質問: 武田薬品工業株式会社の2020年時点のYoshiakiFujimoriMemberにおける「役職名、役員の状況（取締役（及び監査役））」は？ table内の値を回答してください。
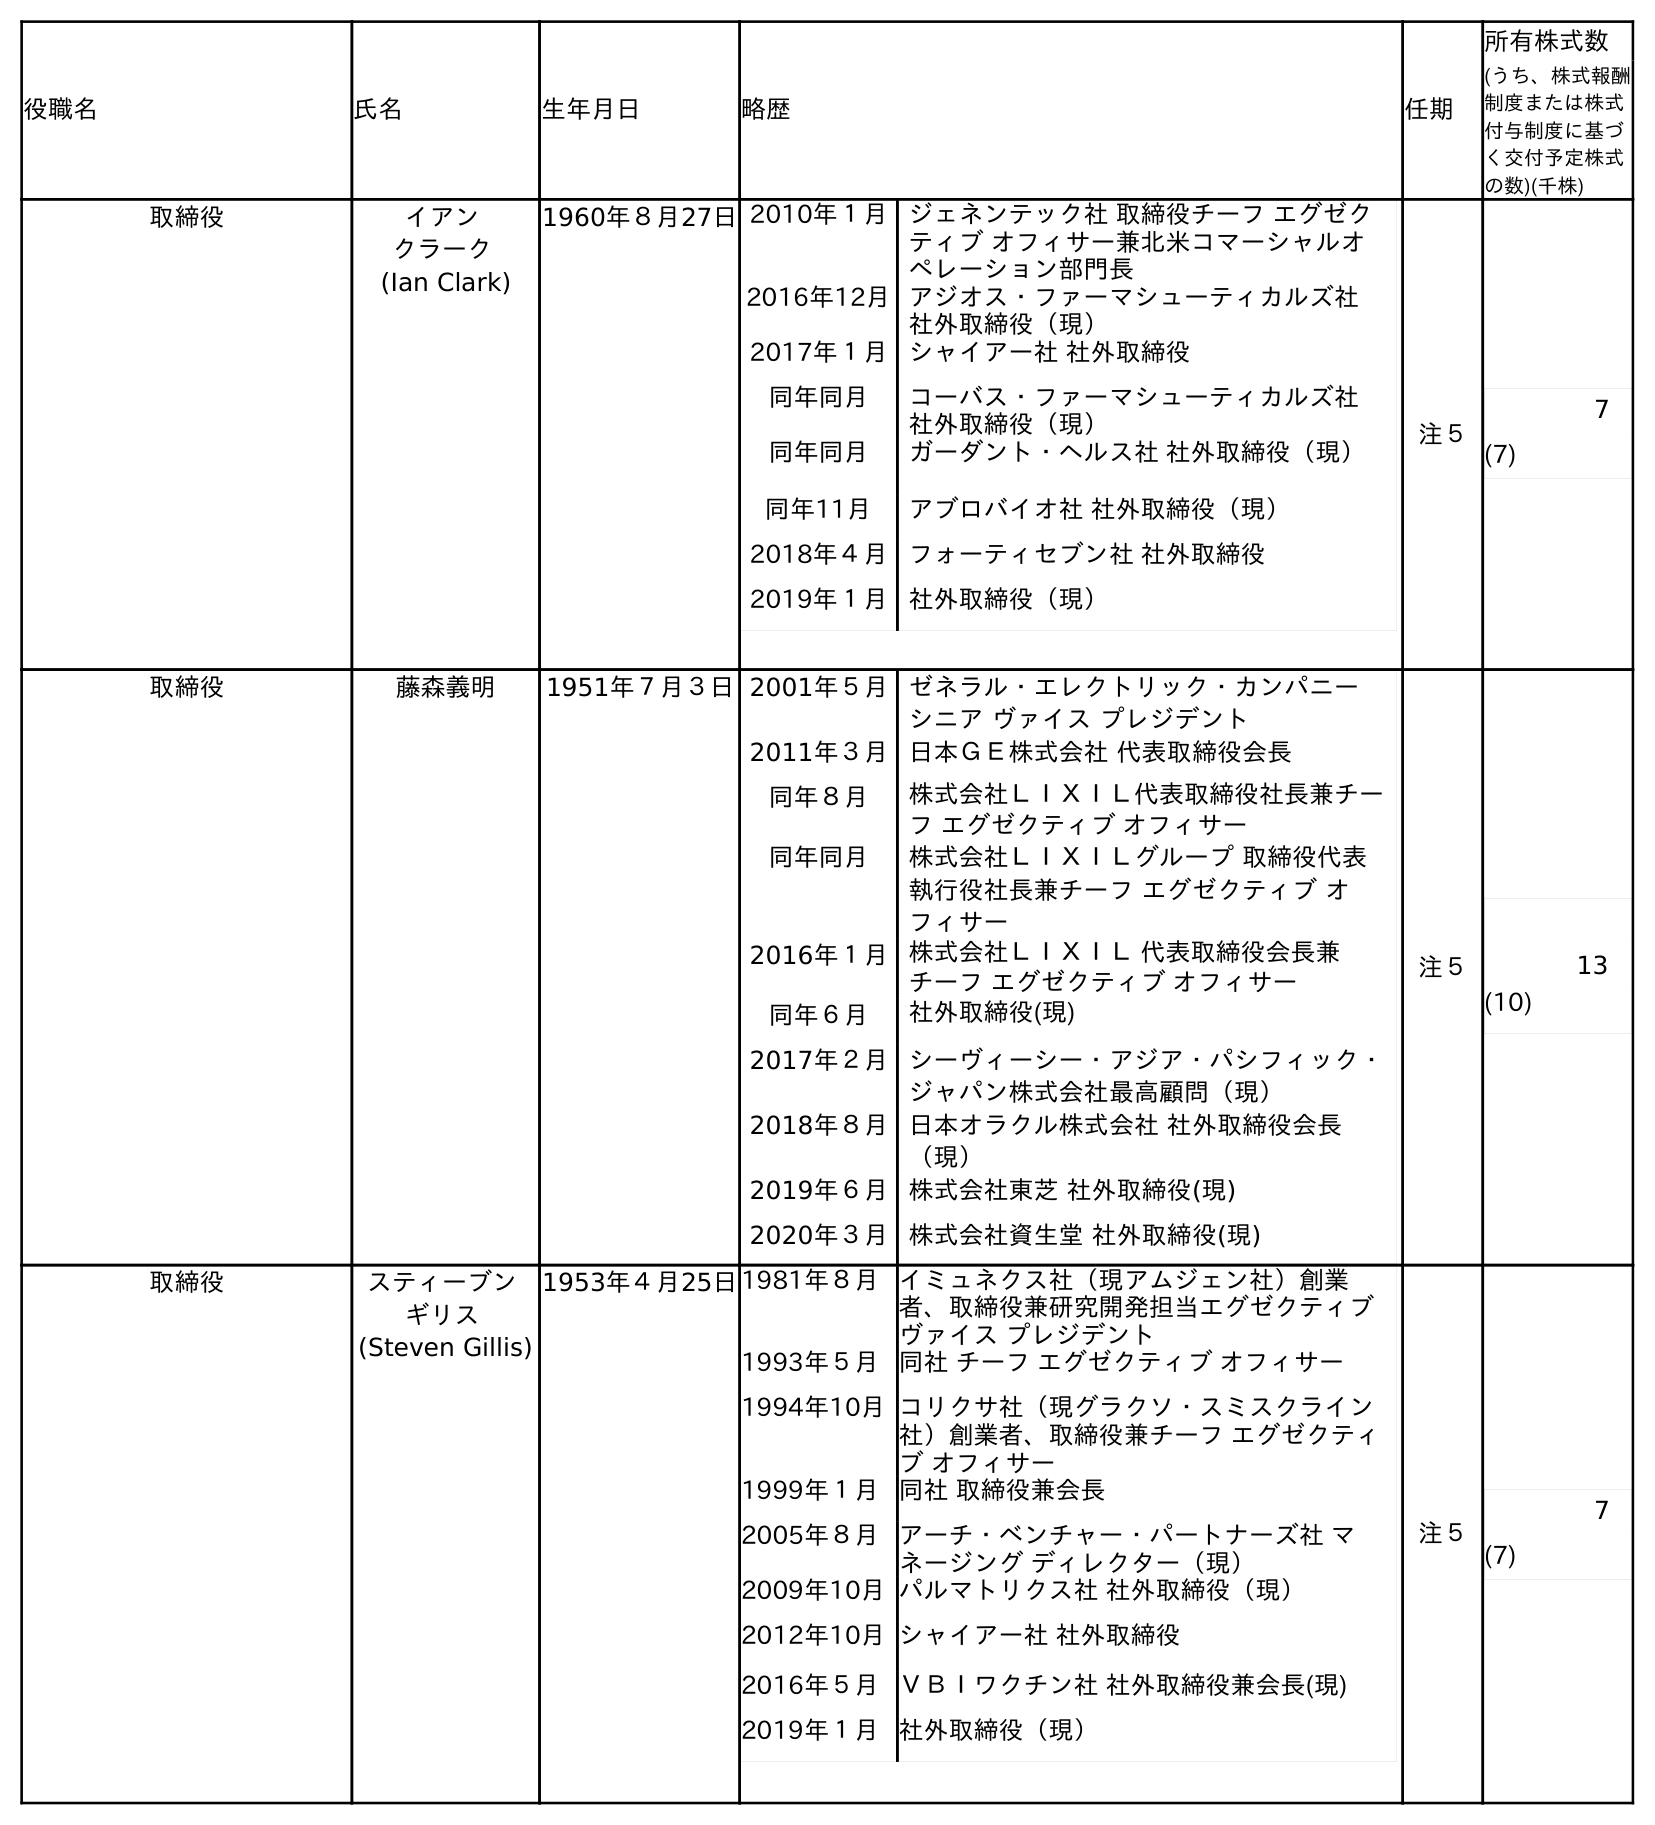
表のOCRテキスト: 役職名 氏名 生年月日 略歴 任期 所有株式数 (うち、株式報酬 制度または株式 付与制度に基づ く交付予定株式 の数)(千株) 取締役 イアン クラーク (Ian Clark) 1960年８月27日2010年１月 ジェネンテック社 取締役チーフ エグゼク ティブ オフィサー兼北米コマーシャルオ ペレーション部門長 2016年12月アジオス・ファーマシューティカルズ社 社外取締役（現） 2017年１月 シャイアー社 社外取締役 同年同月 コーバス・ファーマシューティカルズ社 社外取締役（現） 同年同月 ガーダント・ヘルス社 社外取締役（現） 同年11月 アブロバイオ社 社外取締役（現） 2018年４月 フォーティセブン社 社外取締役 2019年１月 社外取締役（現） 注５ 7 (7) 取締役 藤森義明 1951年７月３日2001年５月 ゼネラル・エレクトリック・カンパニー シニア ヴァイス プレジデント 2011年３月 日本ＧＥ株式会社 代表取締役会長 同年８月 株式会社ＬＩＸＩＬ代表取締役社長兼チー フ エグゼクティブ オフィサー 同年同月 株式会社ＬＩＸＩＬグループ 取締役代表 執行役社長兼チーフ エグゼクティブ オ フィサー 2016年１月 株式会社ＬＩＸＩＬ 代表取締役会長兼 チーフ エグゼクティブ オフィサー 同年６月 社外取締役(現) 2017年２月 シーヴィーシー・アジア・パシフィック・ ジャパン株式会社最高顧問（現） 2018年８月 日本オラクル株式会社 社外取締役会長 （現） 2019年６月 株式会社東芝 社外取締役(現) 2020年３月 株式会社資生堂 社外取締役(現) 注５ 13 (10) 取締役 スティーブン ギリス (Steven Gillis) 1953年４月25日1981年８月イミュネクス社（現アムジェン社）創業 者、取締役兼研究開発担当エグゼクティブ ヴァイス プレジデント 1993年５月同社 チーフ エグゼクティブ オフィサー 1994年10月コリクサ社（現グラクソ・スミスクライン 社）創業者、取締役兼チーフ エグゼクティ ブ オフィサー 1999年１月同社 取締役兼会長 2005年８月アーチ・ベンチャー・パートナーズ社 マ ネージング ディレクター（現） 2009年10月パルマトリクス社 社外取締役（現） 2012年10月シャイアー社 社外取締役 2016年５月ＶＢＩワクチン社 社外取締役兼会長(現) 2019年１月社外取締役（現） 注５ 7 (7)
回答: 取締役